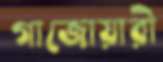
গাজোয়ারী